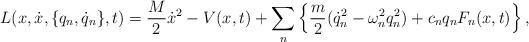
LaTeX: \begin{align*}L(x,\dot{x}, \{ q_{n},\dot{q}_{n} \} ,t)=\frac{M}{2}\dot{x}^{2} - V(x,t) +\sum_{n} \left\{ \frac{m}{2}( \dot{q}_{n}^{2} -\omega_{n}^{2}q_{n}^{2}) + c_{n}q_{n}F_{n}(x,t) \right\} ,\end{align*}